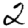
Digit: 2